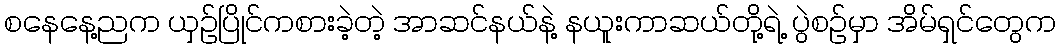
စနေနေ့ညက ယှဉ်ပြိုင်ကစားခဲ့တဲ့ အာဆင်နယ်နဲ့ နယူးကာဆယ်တို့ရဲ့ ပွဲစဉ်မှာ အိမ်ရှင်တွေက